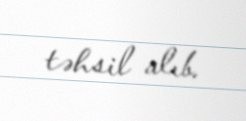
təhsil alıb.